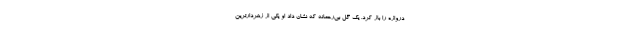
دروازه را باز کرد. یک گل بی‌رحمانه که نشان داد او یکی از زهردارترین